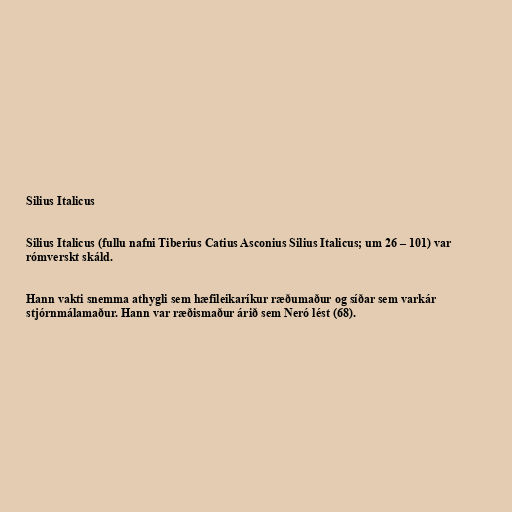
Silius Italicus

Silius Italicus (fullu nafni Tiberius Catius Asconius Silius Italicus; um 26 – 101) var
rómverskt skáld.

Hann vakti snemma athygli sem hæfileikaríkur ræðumaður og síðar sem varkár
stjórnmálamaður. Hann var ræðismaður árið sem Neró lést (68).